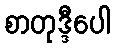
စာတုဒ္ဒီပေါ